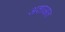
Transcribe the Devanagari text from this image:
अशाआत